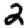
Digit: 2